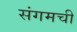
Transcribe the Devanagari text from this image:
संगमची